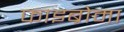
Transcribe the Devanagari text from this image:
फाइब्रोमा